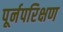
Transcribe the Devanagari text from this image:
पूर्नपरिक्षण